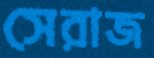
সেরাজ